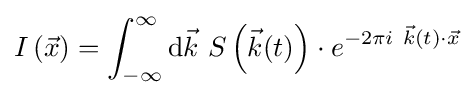
I\left({\vec {x}}\right)=\int _{-\infty }^{\infty }\mathrm {d} {\vec {k}}\ S\left({\vec {k}}(t)\right)\cdot e^{-2\pi i\ {\vec {k}}(t)\cdot {\vec {x}}}